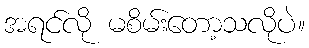
အရင်လို မစိမ်းတော့သလိုပဲ။